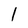
Character: 1